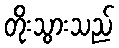
တိုးသွားသည်